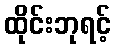
ထိုင်းဘုရင့်